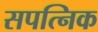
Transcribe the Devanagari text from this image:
सपत्निक